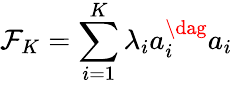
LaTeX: \mathcal{F}_{K}=\sum_{i=1}^{K}\lambda_{i}a_{i}^{\dag}a_{i}